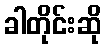
ခါတိုင်းဆို